Report of an investigation of the epidemic of malarial fever in Assam, or, kala-azar
Disease focus: Malaria
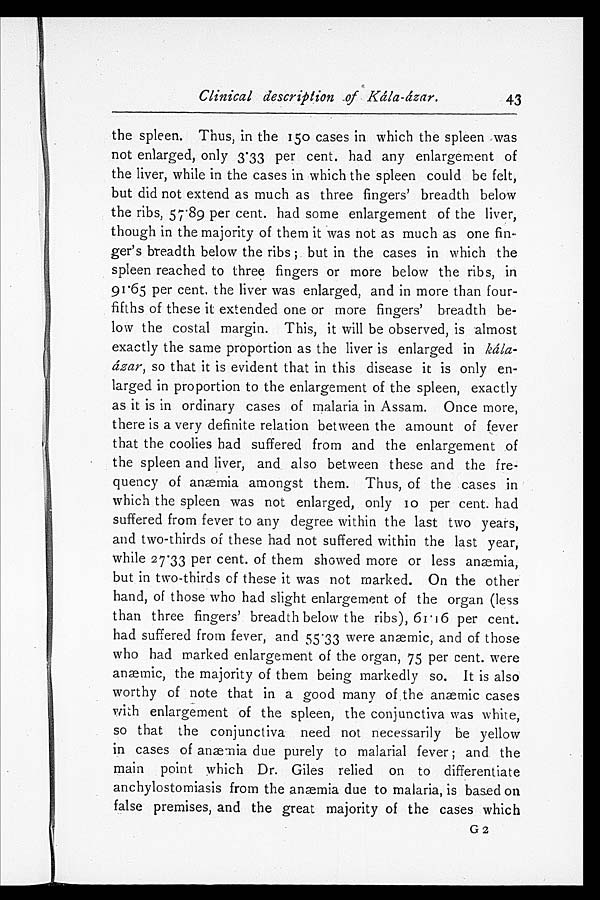
Clinical description of Kála-ázar.
43
the spleen. Thus, in the 150 cases in which the spleen was
not enlarged, only 3.33 per cent. had any enlargement of
the liver, while in the cases in which the spleen could be felt,
but did not extend as much as three fingers' breadth below
the ribs, 57.89 per cent. had some enlargement of the liver,
though in the majority of them it was not as much as one fin
- g e r ' s b r e a d t h b e l o w t h e r i b s ; b u t i n t h e c a s e s i n w h i c h t h e
spleen reached to three fingers or more below the ribs, in
91.65 per cent, the liver was enlarged, and in more than four
-fifths of these it extended one or more fingers' breadth be
-low the costal margin. This, it will be observed, is almost
exactly the same proportion as the liver is enlarged in kála
-ázar, so that it is evident that in this disease it is only en
-larged in proportion to the enlargement of the spleen, exactly
as it is in ordinary cases of malaria in Assam. Once more,
there is a very definite relation between the amount of fever
that the coolies had suffered from and the enlargement of
the spleen and liver, and also between these and the fre
-quency of anæmia amongst them. Thus, of the cases in
which the spleen was not enlarged, only 10 per cent. had
suffered from fever to any degree within the last two years,
and two-thirds of these had not suffered within the last year,
while 27.33 per cent. of them showed more or less anæmia,
but in two-thirds of these it was not marked. On the other
hand, of those who had slight enlargement of the organ (less
than three fingers' breadth below the ribs), 61.16 per cent.
had suffered from fever, and 55.33 were anæmic, and of those
who had marked enlargement of the organ, 75 per cent. were
anæmic, the majority of them being markedly so. It is also
worthy of note that in a good many of the anæmic cases
with enlargement of the spleen, the conjunctiva was white,
so that the conjunctiva need not necessarily be yellow
in cases of anæmia due purely to malarial fever; and the
main point which Dr. Giles relied on to differentiate
anchylostomiasis from the anæmia due to malaria, is based on
false premises, and the great majority of the cases which
G 2